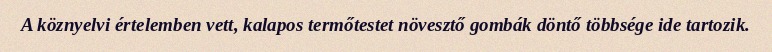
A köznyelvi értelemben vett, kalapos termőtestet növesztő gombák döntő többsége ide tartozik.